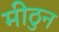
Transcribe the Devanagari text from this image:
मीठुन